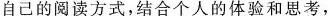
自己的阅读方式，结合个人的体验和思考，